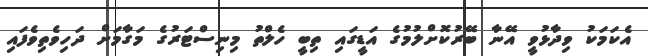
އެކަމަކު ވިދާޅުވީ އޭނާ ބޭރުކޮށްލުމުގެ އަޑީގައި ތިބީ ހެލްތު މިނިސްޓަރުގެ މަގާމަށް ދަހިވެތިވެފައި